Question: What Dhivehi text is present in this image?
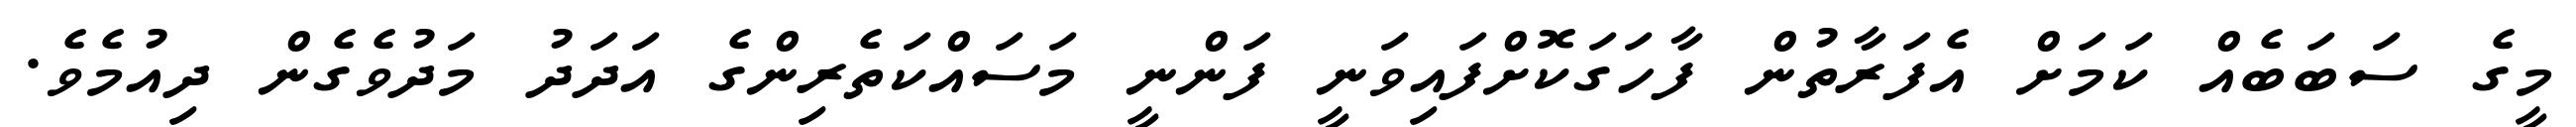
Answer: މީގެ ސަބަބެއް ކަމަށް އެފަރާތުން ފާހަގަކޮށްފައިވަނީ ފަންނީ މަސައްކަތެރިންގެ އަދަދު މަދުވެގެން ދިއުމެވެ.